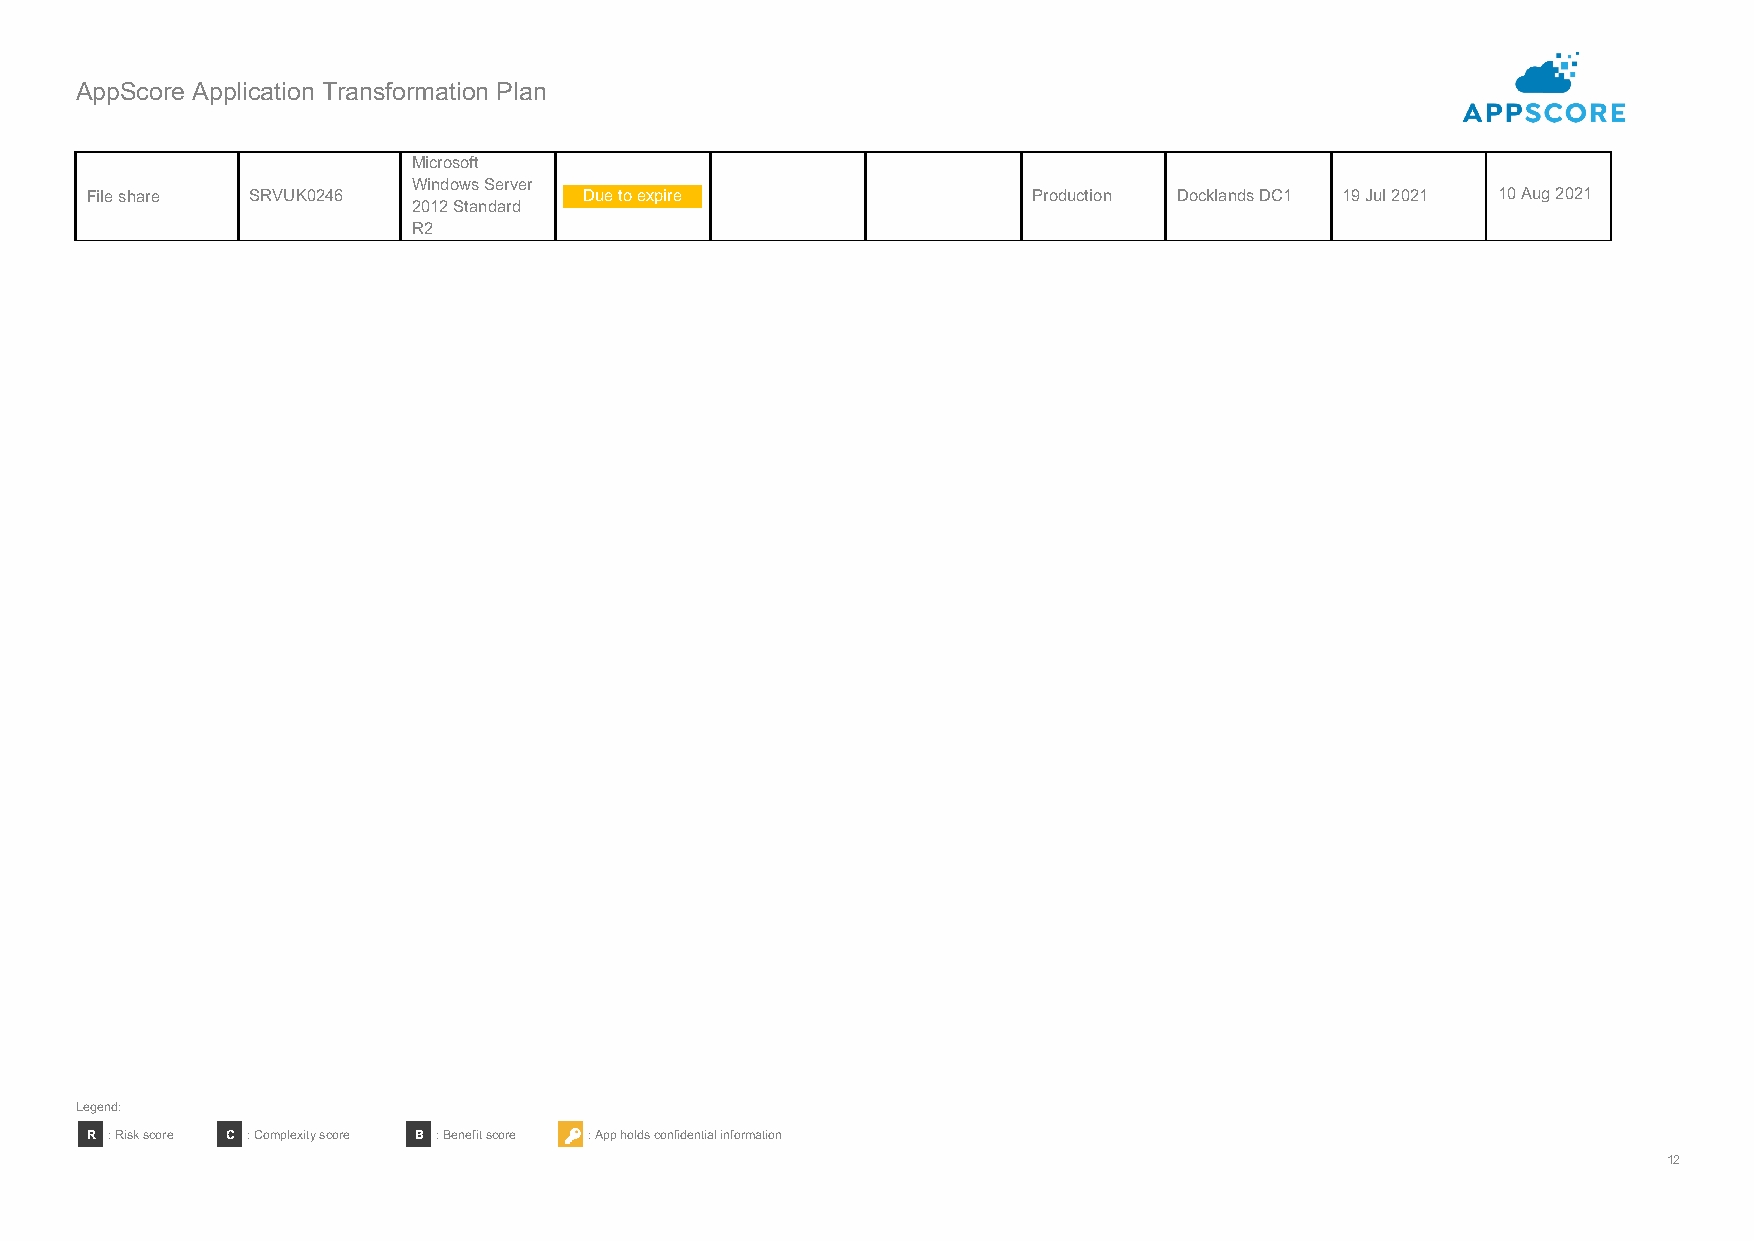
AppScore Application Transformation Plan
 Microsoft
 Windows Server
 File share SRVUK0246             Due to expire                Production Docklands DC1 19 Jul 2021 10 Aug 2021
 2012 Standard
 R2
 Legend:
 R : Risk score C : Complexity score B : Benefit score : App holds confidential information
 12